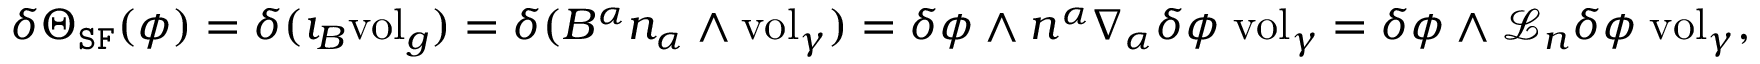
\begin{array} { r l } & { \delta \Theta _ { \mathtt { S F } } ( \phi ) = \delta ( \imath _ { B } \mathrm { v o l } _ { g } ) = \delta ( B ^ { \alpha } n _ { \alpha } \wedge \mathrm { v o l } _ { \gamma } ) = \delta \phi \wedge n ^ { \alpha } \nabla _ { \alpha } \delta \phi \; \mathrm { v o l } _ { \gamma } = \delta \phi \wedge \mathcal { L } _ { n } \delta \phi \; \mathrm { v o l } _ { \gamma } , } \end{array}